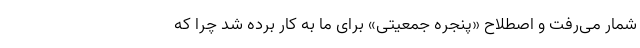
شمار می‌رفت و اصطلاح «پنجره جمعیتی» برای ما به کار برده شد چرا که